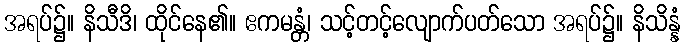
အရပ်၌။ နိသီဒိ၊ ထိုင်နေ၏။ ဧကမန္တံ၊ သင့်တင့်လျောက်ပတ်သော အရပ်၌။ နိသိန္နံ